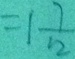
= 1 \frac { 7 } { 1 2 }